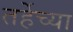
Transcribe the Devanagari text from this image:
तर्हेच्या